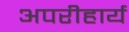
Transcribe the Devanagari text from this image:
अपरीहार्य